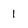
Character: 1